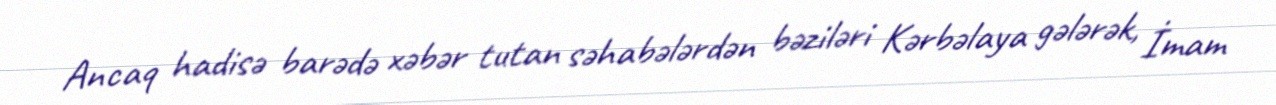
Ancaq hadisə barədə xəbər tutan səhabələrdən bəziləri Kərbəlaya gələrək, İmam